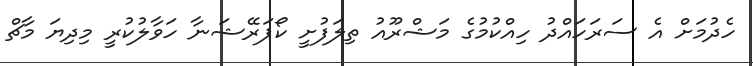
ހެދުމަށް އެ ސަރަހައްދު ހިއްކުމުގެ މަޝްރޫއު ތިލަފުށީ ކޯޕަރޭޝަނާ ހަވާލުކުރީ މިދިޔަ މާޗް